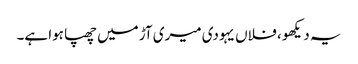
یہ دیکھو ، فلاں یہودی میری آڑ میں چھپا ہوا ہے۔